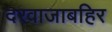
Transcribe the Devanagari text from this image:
दरवाजाबहिर